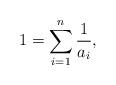
LaTeX: \begin{align*}1 = \sum_{i=1}^n \frac{1}{a_i},\end{align*}